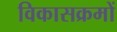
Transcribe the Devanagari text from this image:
विकासक्रमों